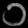
Digit: ၁